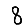
Digit: 8